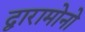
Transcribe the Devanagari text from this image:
द्वारामोनो